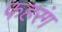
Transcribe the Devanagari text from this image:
फहरंग